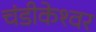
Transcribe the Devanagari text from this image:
चंडीकेश्‍वर